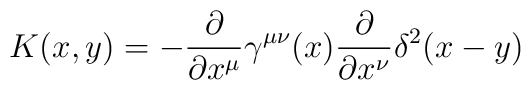
K(x,y) = - \frac{\partial}{\partial x^\mu} \gamma^{\mu\nu}  (x) \frac{\partial}{\partial x^\nu} \delta^2(x-y)